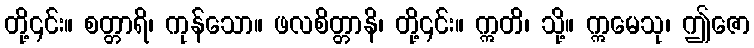
တို့၎င်း။ စတ္တာရိ၊ ကုန်သော။ ဖလစိတ္တာနိ၊ တို့၎င်း။ ဣတိ၊ သို့။ ဣမေသု၊ ဤဇော